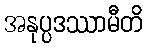
အနုပ္ပဒဿာမီတိ